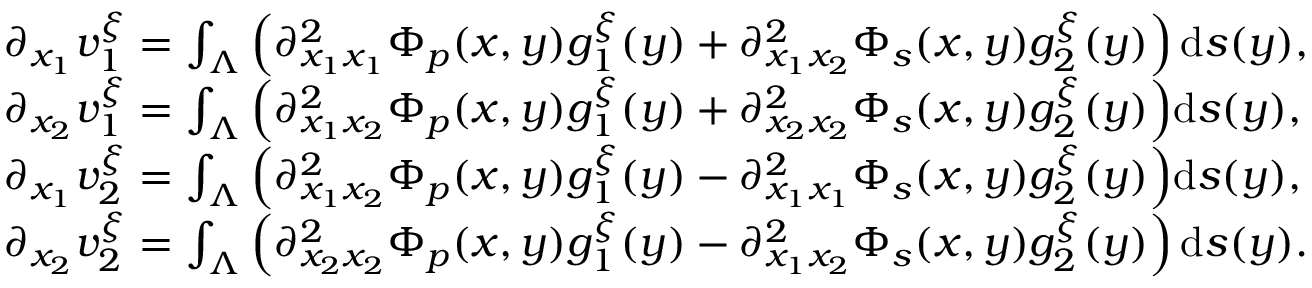
\begin{array} { r l } & { \partial _ { x _ { 1 } } v _ { 1 } ^ { \xi } = \int _ { \Lambda } \left( \partial _ { x _ { 1 } x _ { 1 } } ^ { 2 } \Phi _ { p } ( x , y ) g _ { 1 } ^ { \xi } ( y ) + \partial _ { x _ { 1 } x _ { 2 } } ^ { 2 } \Phi _ { s } ( x , y ) g _ { 2 } ^ { \xi } ( y ) \right) \mathrm { d } s ( y ) , } \\ & { \partial _ { x _ { 2 } } v _ { 1 } ^ { \xi } = \int _ { \Lambda } \Big ( \partial _ { x _ { 1 } x _ { 2 } } ^ { 2 } \Phi _ { p } ( x , y ) g _ { 1 } ^ { \xi } ( y ) + \partial _ { x _ { 2 } x _ { 2 } } ^ { 2 } \Phi _ { s } ( x , y ) g _ { 2 } ^ { \xi } ( y ) \Big ) \mathrm { d } s ( y ) , } \\ & { \partial _ { x _ { 1 } } v _ { 2 } ^ { \xi } = \int _ { \Lambda } \Big ( \partial _ { x _ { 1 } x _ { 2 } } ^ { 2 } \Phi _ { p } ( x , y ) g _ { 1 } ^ { \xi } ( y ) - \partial _ { x _ { 1 } x _ { 1 } } ^ { 2 } \Phi _ { s } ( x , y ) g _ { 2 } ^ { \xi } ( y ) \Big ) \mathrm { d } s ( y ) , } \\ & { \partial _ { x _ { 2 } } v _ { 2 } ^ { \xi } = \int _ { \Lambda } \left( \partial _ { x _ { 2 } x _ { 2 } } ^ { 2 } \Phi _ { p } ( x , y ) g _ { 1 } ^ { \xi } ( y ) - \partial _ { x _ { 1 } x _ { 2 } } ^ { 2 } \Phi _ { s } ( x , y ) g _ { 2 } ^ { \xi } ( y ) \right) \mathrm { d } s ( y ) . } \end{array}